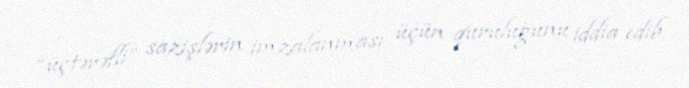
“üçtərəfli” sazişlərin imzalanması üçün quruluğunu iddia edib.